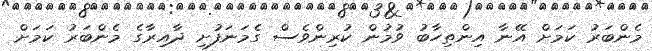
މެންބަރު ކަމަށް އޭނާ އިންތިހާބު ވުމުން ކުރިންވެސް ގެމަނަފުށި ދާއިރާގެ މެންބަރު ކަމަށް